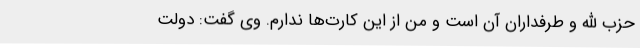
حزب الله و طرفداران آن است و من از این کارت‌ها ندارم. وی گفت: دولت